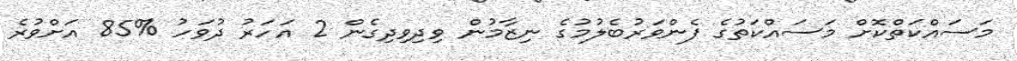
މަސައްކަތްކޮށް މަސައްކަތުގެ ފެންވަރުބެލުމުގެ ނިޒާމުން ވިދިވިދިގެން 2 އަހަރު ދުވަހު %85 އަށްވުރެ